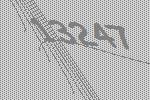
13247